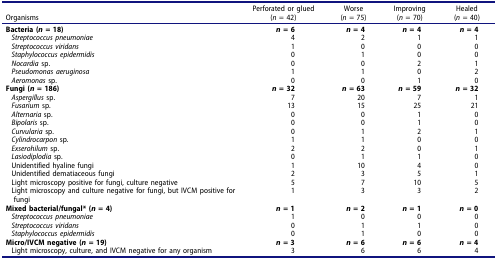
| Organisms | Perforated or glued (n = 42) | Worse (n = 75) | Improving (n = 70) | Healed (n = 40) |
 | --- | --- | --- | --- | --- |
 | Bacteria (n = 18) | n = 6 | n = 4 | n = 4 | n = 4 |
 | Streptococcus pneumoniae | 4 | 2 | 1 | 1 |
 | Streptococcus viridans | 1 | 0 | 0 | 0 |
 | Staphylococcus epidermidis | 0 | 1 | 0 | 0 |
 | Nocardia sp. | 0 | 0 | 2 | 1 |
 | Pseudomonas aeruginosa | 1 | 1 | 0 | 2 |
 | Aeromonas sp. | 0 | 0 | 1 | 0 |
 | Fungi (n = 186) | n = 32 | n = 63 | n = 59 | n = 32 |
 | Aspergillus sp. | 7 | 20 | 7 | 1 |
 | Fusarium sp. | 13 | 15 | 25 | 21 |
 | Alternaria sp. | 0 | 0 | 1 | 0 |
 | Bipolaris sp. | 0 | 0 | 1 | 0 |
 | Curvularia sp. | 0 | 1 | 2 | 1 |
 | Cylindrocarpon sp. | 1 | 1 | 0 | 0 |
 | Exserohilum sp. | 2 | 2 | 0 | 1 |
 | Lasiodiplodia sp. | 0 | 1 | 1 | 0 |
 | Unidentified hyaline fungi | 1 | 10 | 4 | 0 |
 | Unidentified dematiaceous fungi | 2 | 3 | 5 | 1 |
 | Light microscopy positive for fungi, culture negative | 5 | 7 | 10 | 5 |
 | Light microscopy and culture negative for fungi, but IVCM positive for fungi | 1 | 3 | 3 | 2 |
 | Mixed bacterial/fungal* (n = 4) | n = 1 | n = 2 | n = 1 | n = 0 |
 | Streptococcus pneumoniae | 1 | 0 | 0 | 0 |
 | Streptococcus viridans | 0 | 1 | 1 | 0 |
 | Staphylococcus epidermidis | 0 | 1 | 0 | 0 |
 | Micro/IVCM negative (n = 19) | n = 3 | n = 6 | n = 6 | n = 4 |
 | Light microscopy, culture, and IVCM negative for any organism | 3 | 6 | 6 | 4 |